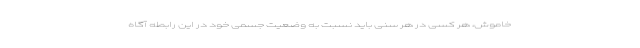
خاموش، هر کسی در هر سنی باید نسبت به وضعیت جسمی خود در این رابطه آگاه